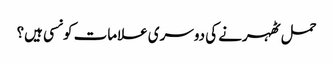
حمل ٹھہرنے کی دوسری علامات کونسی ہیں؟